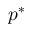
p ^ { * }